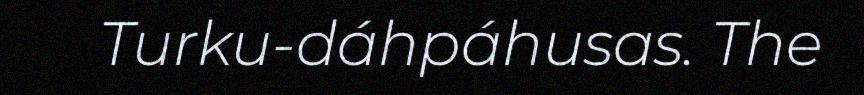
Turku-dáhpáhusas. The